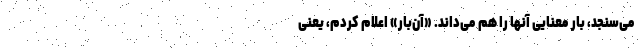
می‌سنجد، بار معنایی آنها را هم می‌داند. «آن‌بار» اعلام کردم، یعنی